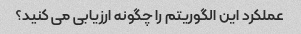
عملکرد این الگوریتم را چگونه ارزیابی می کنید؟